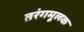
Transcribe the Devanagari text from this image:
तरंगमूलक